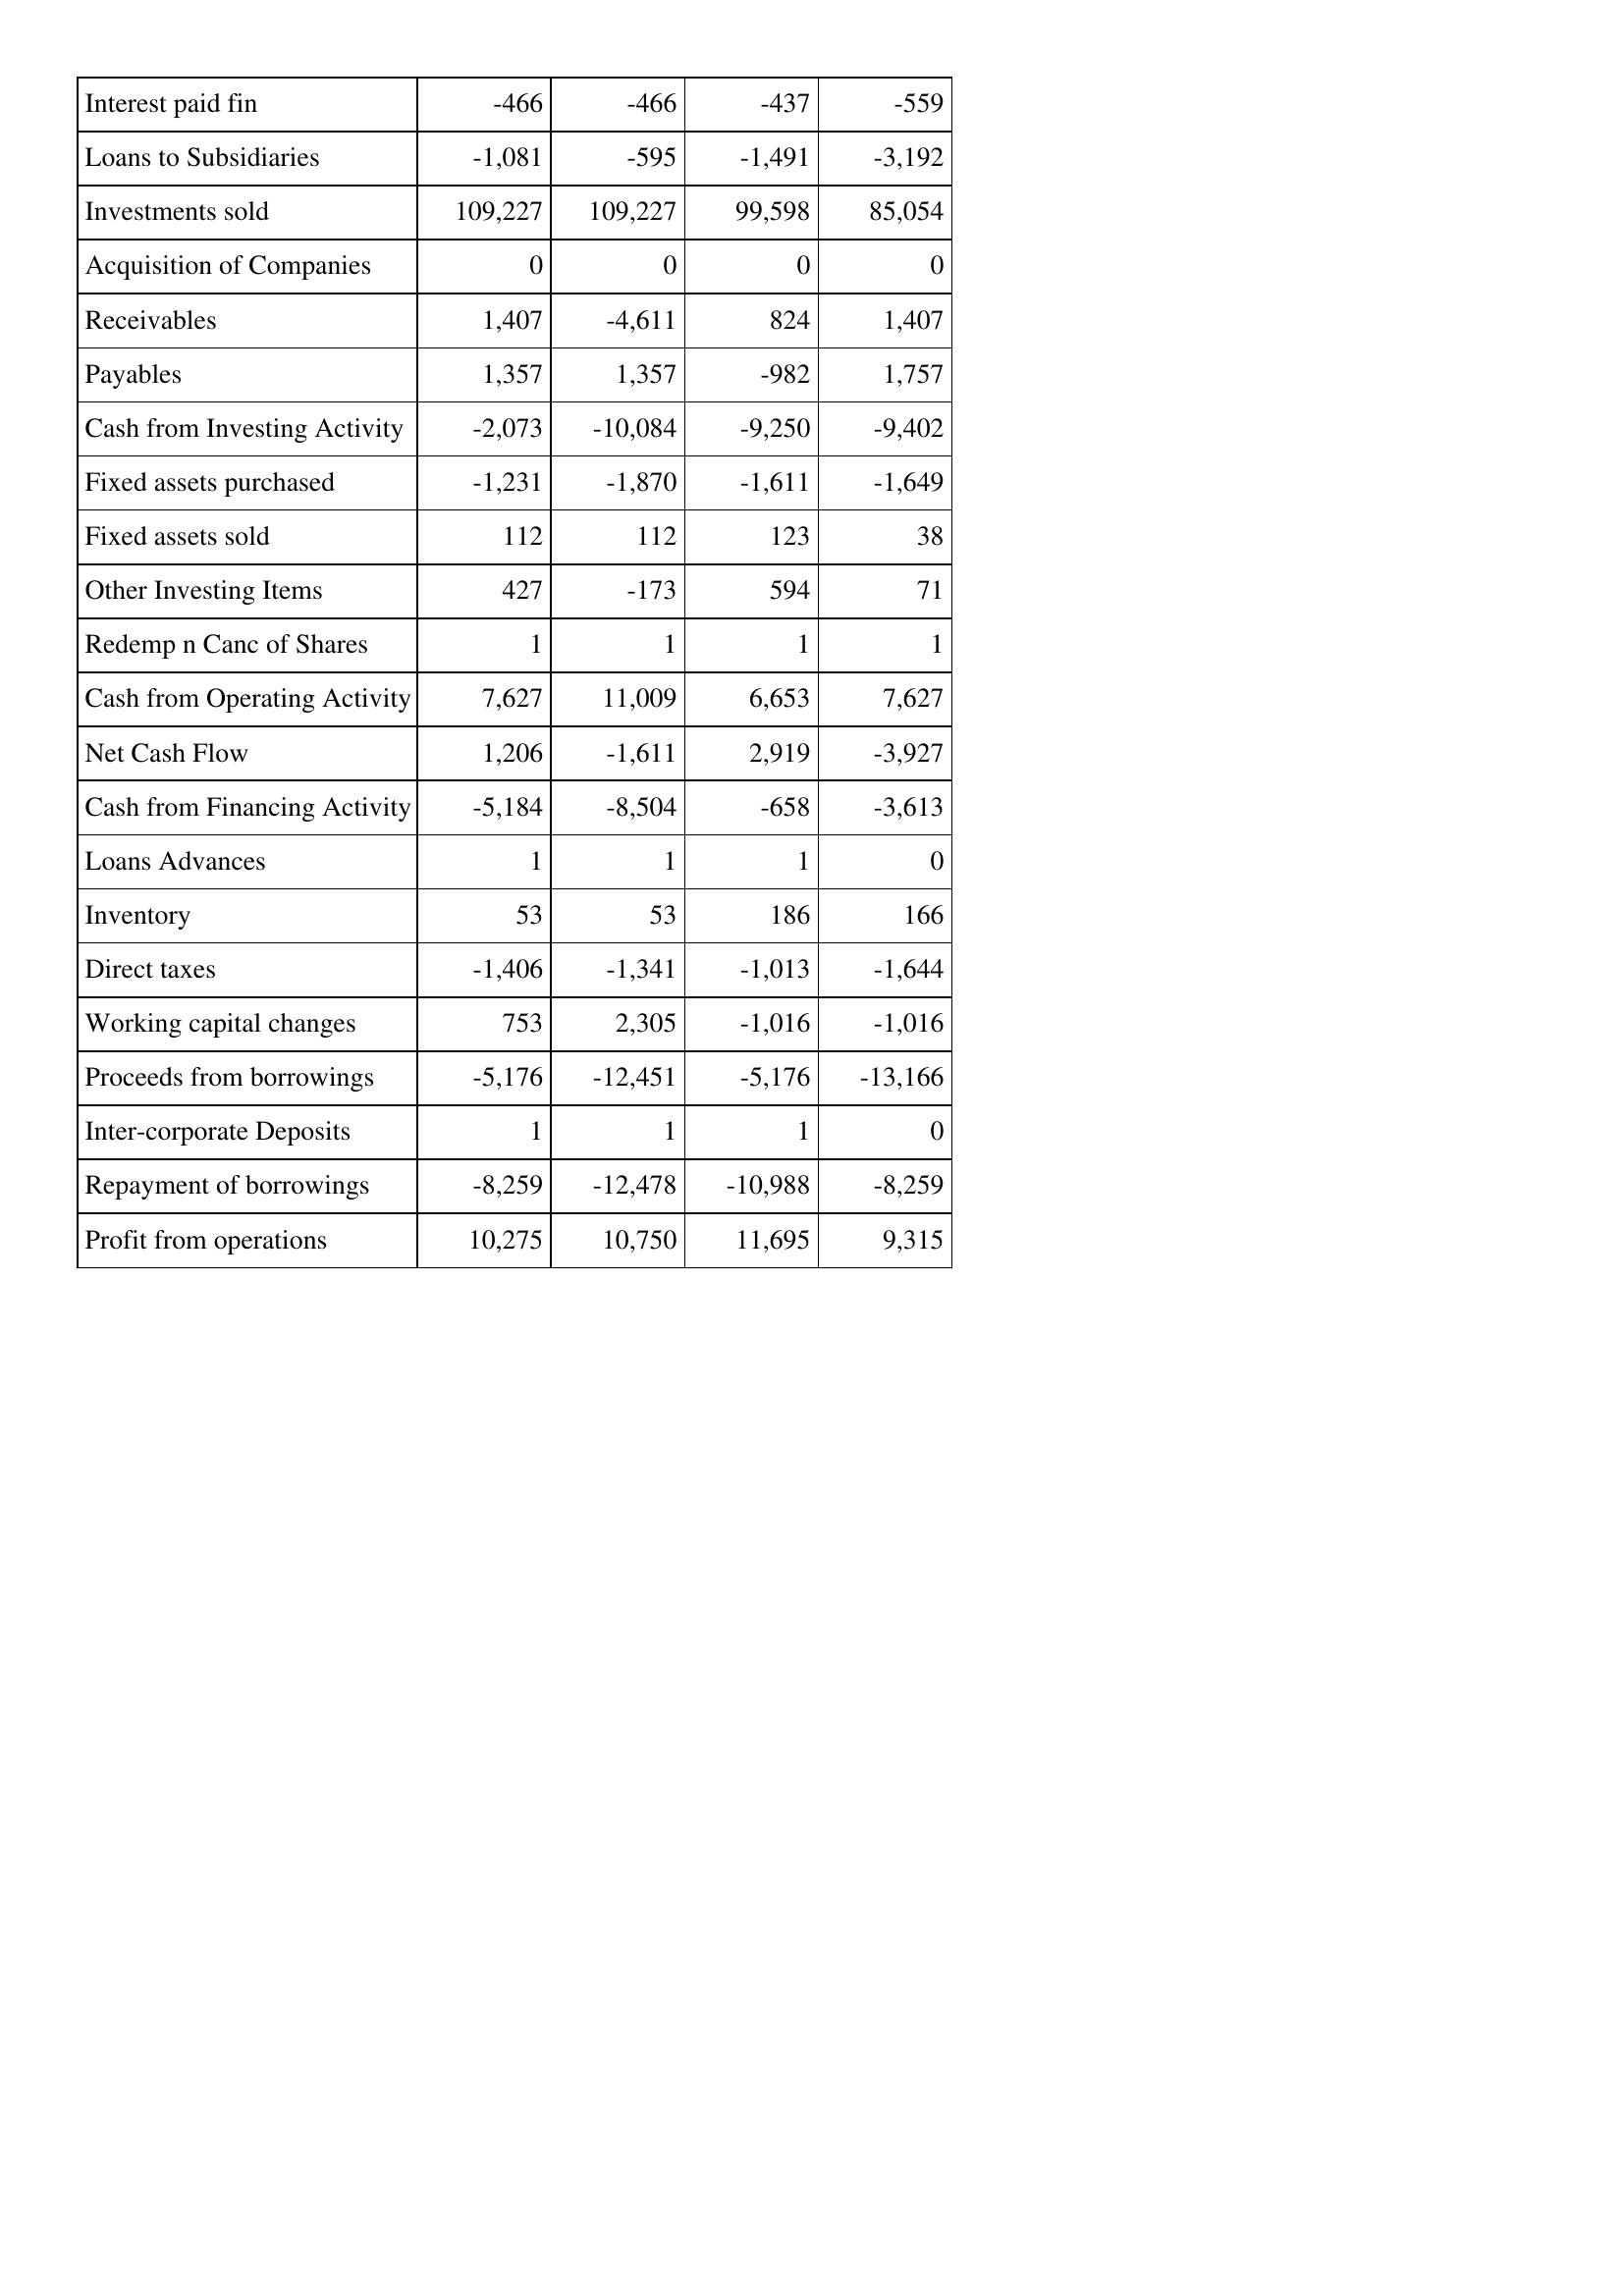
Jul-16: Cash Flows: Interest paid fin: -466
Loans to Subsidiaries: -1,081
Investments sold: 109,227
Acquisition of Companies: 0
Receivables: 1,407
Payables: 1,357
Cash from Investing Activity: -2,073
Fixed assets purchased: -1,231
Fixed assets sold: 112
Other Investing Items: 427
Redemp n Canc of Shares: 1
Cash from Operating Activity: 7,627
Net Cash Flow: 1,206
Cash from Financing Activity: -5,184
Loans Advances: 1
Inventory: 53
Direct taxes: -1,406
Working capital changes: 753
Proceeds from borrowings: -5,176
Inter-corporate Deposits: 1
Repayment of borrowings: -8,259
Profit from operations: 10,275
Jul-15: Cash Flows: Interest paid fin: -466
Loans to Subsidiaries: -595
Investments sold: 109,227
Acquisition of Companies: 0
Receivables: -4,611
Payables: 1,357
Cash from Investing Activity: -10,084
Fixed assets purchased: -1,870
Fixed assets sold: 112
Other Investing Items: -173
Redemp n Canc of Shares: 1
Cash from Operating Activity: 11,009
Net Cash Flow: -1,611
Cash from Financing Activity: -8,504
Loans Advances: 1
Inventory: 53
Direct taxes: -1,341
Working capital changes: 2,305
Proceeds from borrowings: -12,451
Inter-corporate Deposits: 1
Repayment of borrowings: -12,478
Profit from operations: 10,750
Jul-14: Cash Flows: Interest paid fin: -437
Loans to Subsidiaries: -1,491
Investments sold: 99,598
Acquisition of Companies: 0
Receivables: 824
Payables: -982
Cash from Investing Activity: -9,250
Fixed assets purchased: -1,611
Fixed assets sold: 123
Other Investing Items: 594
Redemp n Canc of Shares: 1
Cash from Operating Activity: 6,653
Net Cash Flow: 2,919
Cash from Financing Activity: -658
Loans Advances: 1
Inventory: 186
Direct taxes: -1,013
Working capital changes: -1,016
Proceeds from borrowings: -5,176
Inter-corporate Deposits: 1
Repayment of borrowings: -10,988
Profit from operations: 11,695
Jul-13: Cash Flows: Interest paid fin: -559
Loans to Subsidiaries: -3,192
Investments sold: 85,054
Acquisition of Companies: 0
Receivables: 1,407
Payables: 1,757
Cash from Investing Activity: -9,402
Fixed assets purchased: -1,649
Fixed assets sold: 38
Other Investing Items: 71
Redemp n Canc of Shares: 1
Cash from Operating Activity: 7,627
Net Cash Flow: -3,927
Cash from Financing Activity: -3,613
Loans Advances: 0
Inventory: 166
Direct taxes: -1,644
Working capital changes: -1,016
Proceeds from borrowings: -13,166
Inter-corporate Deposits: 0
Repayment of borrowings: -8,259
Profit from operations: 9,315